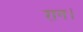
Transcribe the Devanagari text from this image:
रान।